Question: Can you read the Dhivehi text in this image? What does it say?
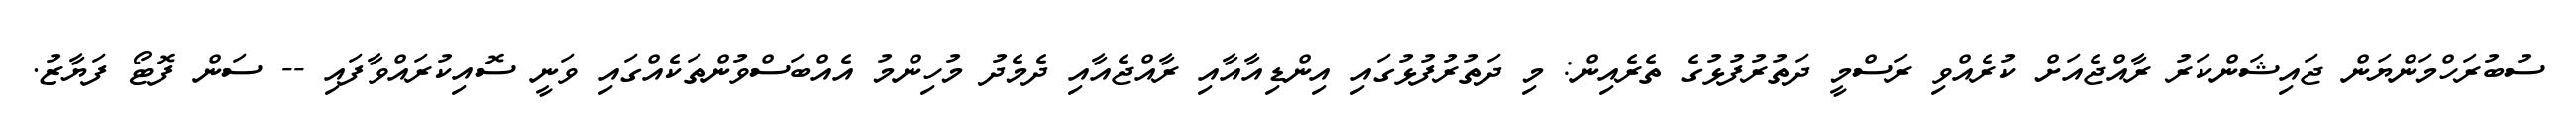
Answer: ސުބުރަހްމަންޔަން ޖައިޝަންކަރު ރާއްޖެއަށް ކުރެއްވި ރަސްމީ ދަތުރުފުޅުގެ ތެރެއިން: މި ދަތުރުފުޅުގައި އިންޑިއާއާއި ރާއްޖެއާއި ދެމެދު މުހިންމު އެއްބަސްވުންތަކެއްގައި ވަނީ ސޮއިކުރައްވާފައި -- ސަން ފޮޓޯ ފަޔާޒު.